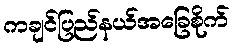
ကချင်ပြည်နယ်အခြေစိုက်